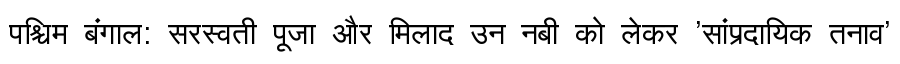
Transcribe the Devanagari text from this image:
पश्चिम बंगाल: सरस्वती पूजा और मिलाद उन नबी को लेकर 'सांप्रदायिक तनाव'